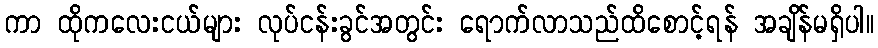
ကာ ထိုကလေးငယ်များ လုပ်ငန်းခွင်အတွင်း ရောက်လာသည်ထိစောင့်ရန် အချိန်မရှိပါ။